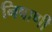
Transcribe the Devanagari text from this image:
निषाणी